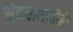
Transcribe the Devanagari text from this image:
संकलनाचीही